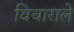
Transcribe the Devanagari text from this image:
विचाराले